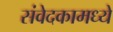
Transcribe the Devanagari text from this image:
संवेदकामध्ये